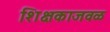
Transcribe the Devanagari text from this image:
शिक्षकाजवळ